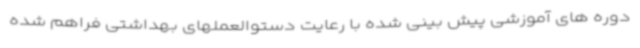
دوره های آموزشی پیش بینی شده با رعایت دستوالعملهای بهداشتی فراهم شده